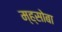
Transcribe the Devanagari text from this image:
म्ह्सोबा